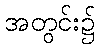
အတွင်း၌